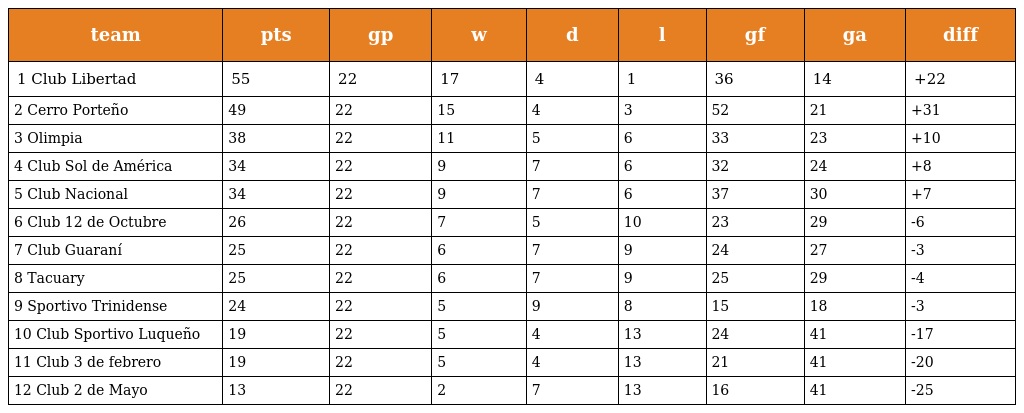
| team | pts | gp | w | d | l | gf | ga | diff |
 | --- | --- | --- | --- | --- | --- | --- | --- | --- |
 | 1 Club Libertad | 55 | 22 | 17 | 4 | 1 | 36 | 14 | +22 |
 | 2 Cerro Porteño | 49 | 22 | 15 | 4 | 3 | 52 | 21 | +31 |
 | 3 Olimpia | 38 | 22 | 11 | 5 | 6 | 33 | 23 | +10 |
 | 4 Club Sol de América | 34 | 22 | 9 | 7 | 6 | 32 | 24 | +8 |
 | 5 Club Nacional | 34 | 22 | 9 | 7 | 6 | 37 | 30 | +7 |
 | 6 Club 12 de Octubre | 26 | 22 | 7 | 5 | 10 | 23 | 29 | -6 |
 | 7 Club Guaraní | 25 | 22 | 6 | 7 | 9 | 24 | 27 | -3 |
 | 8 Tacuary | 25 | 22 | 6 | 7 | 9 | 25 | 29 | -4 |
 | 9 Sportivo Trinidense | 24 | 22 | 5 | 9 | 8 | 15 | 18 | -3 |
 | 10 Club Sportivo Luqueño | 19 | 22 | 5 | 4 | 13 | 24 | 41 | -17 |
 | 11 Club 3 de febrero | 19 | 22 | 5 | 4 | 13 | 21 | 41 | -20 |
 | 12 Club 2 de Mayo | 13 | 22 | 2 | 7 | 13 | 16 | 41 | -25 |